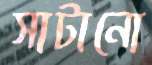
সাটানো